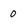
Character: 0